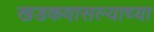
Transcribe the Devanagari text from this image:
खडकवासल्याच्या